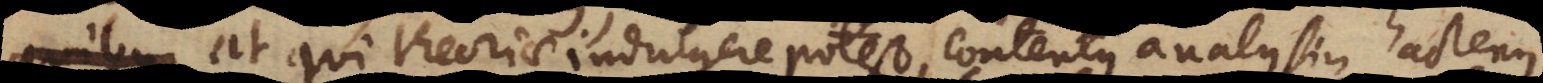
quibus at qui theoriae indulgere potest, contentus analysin hactenus